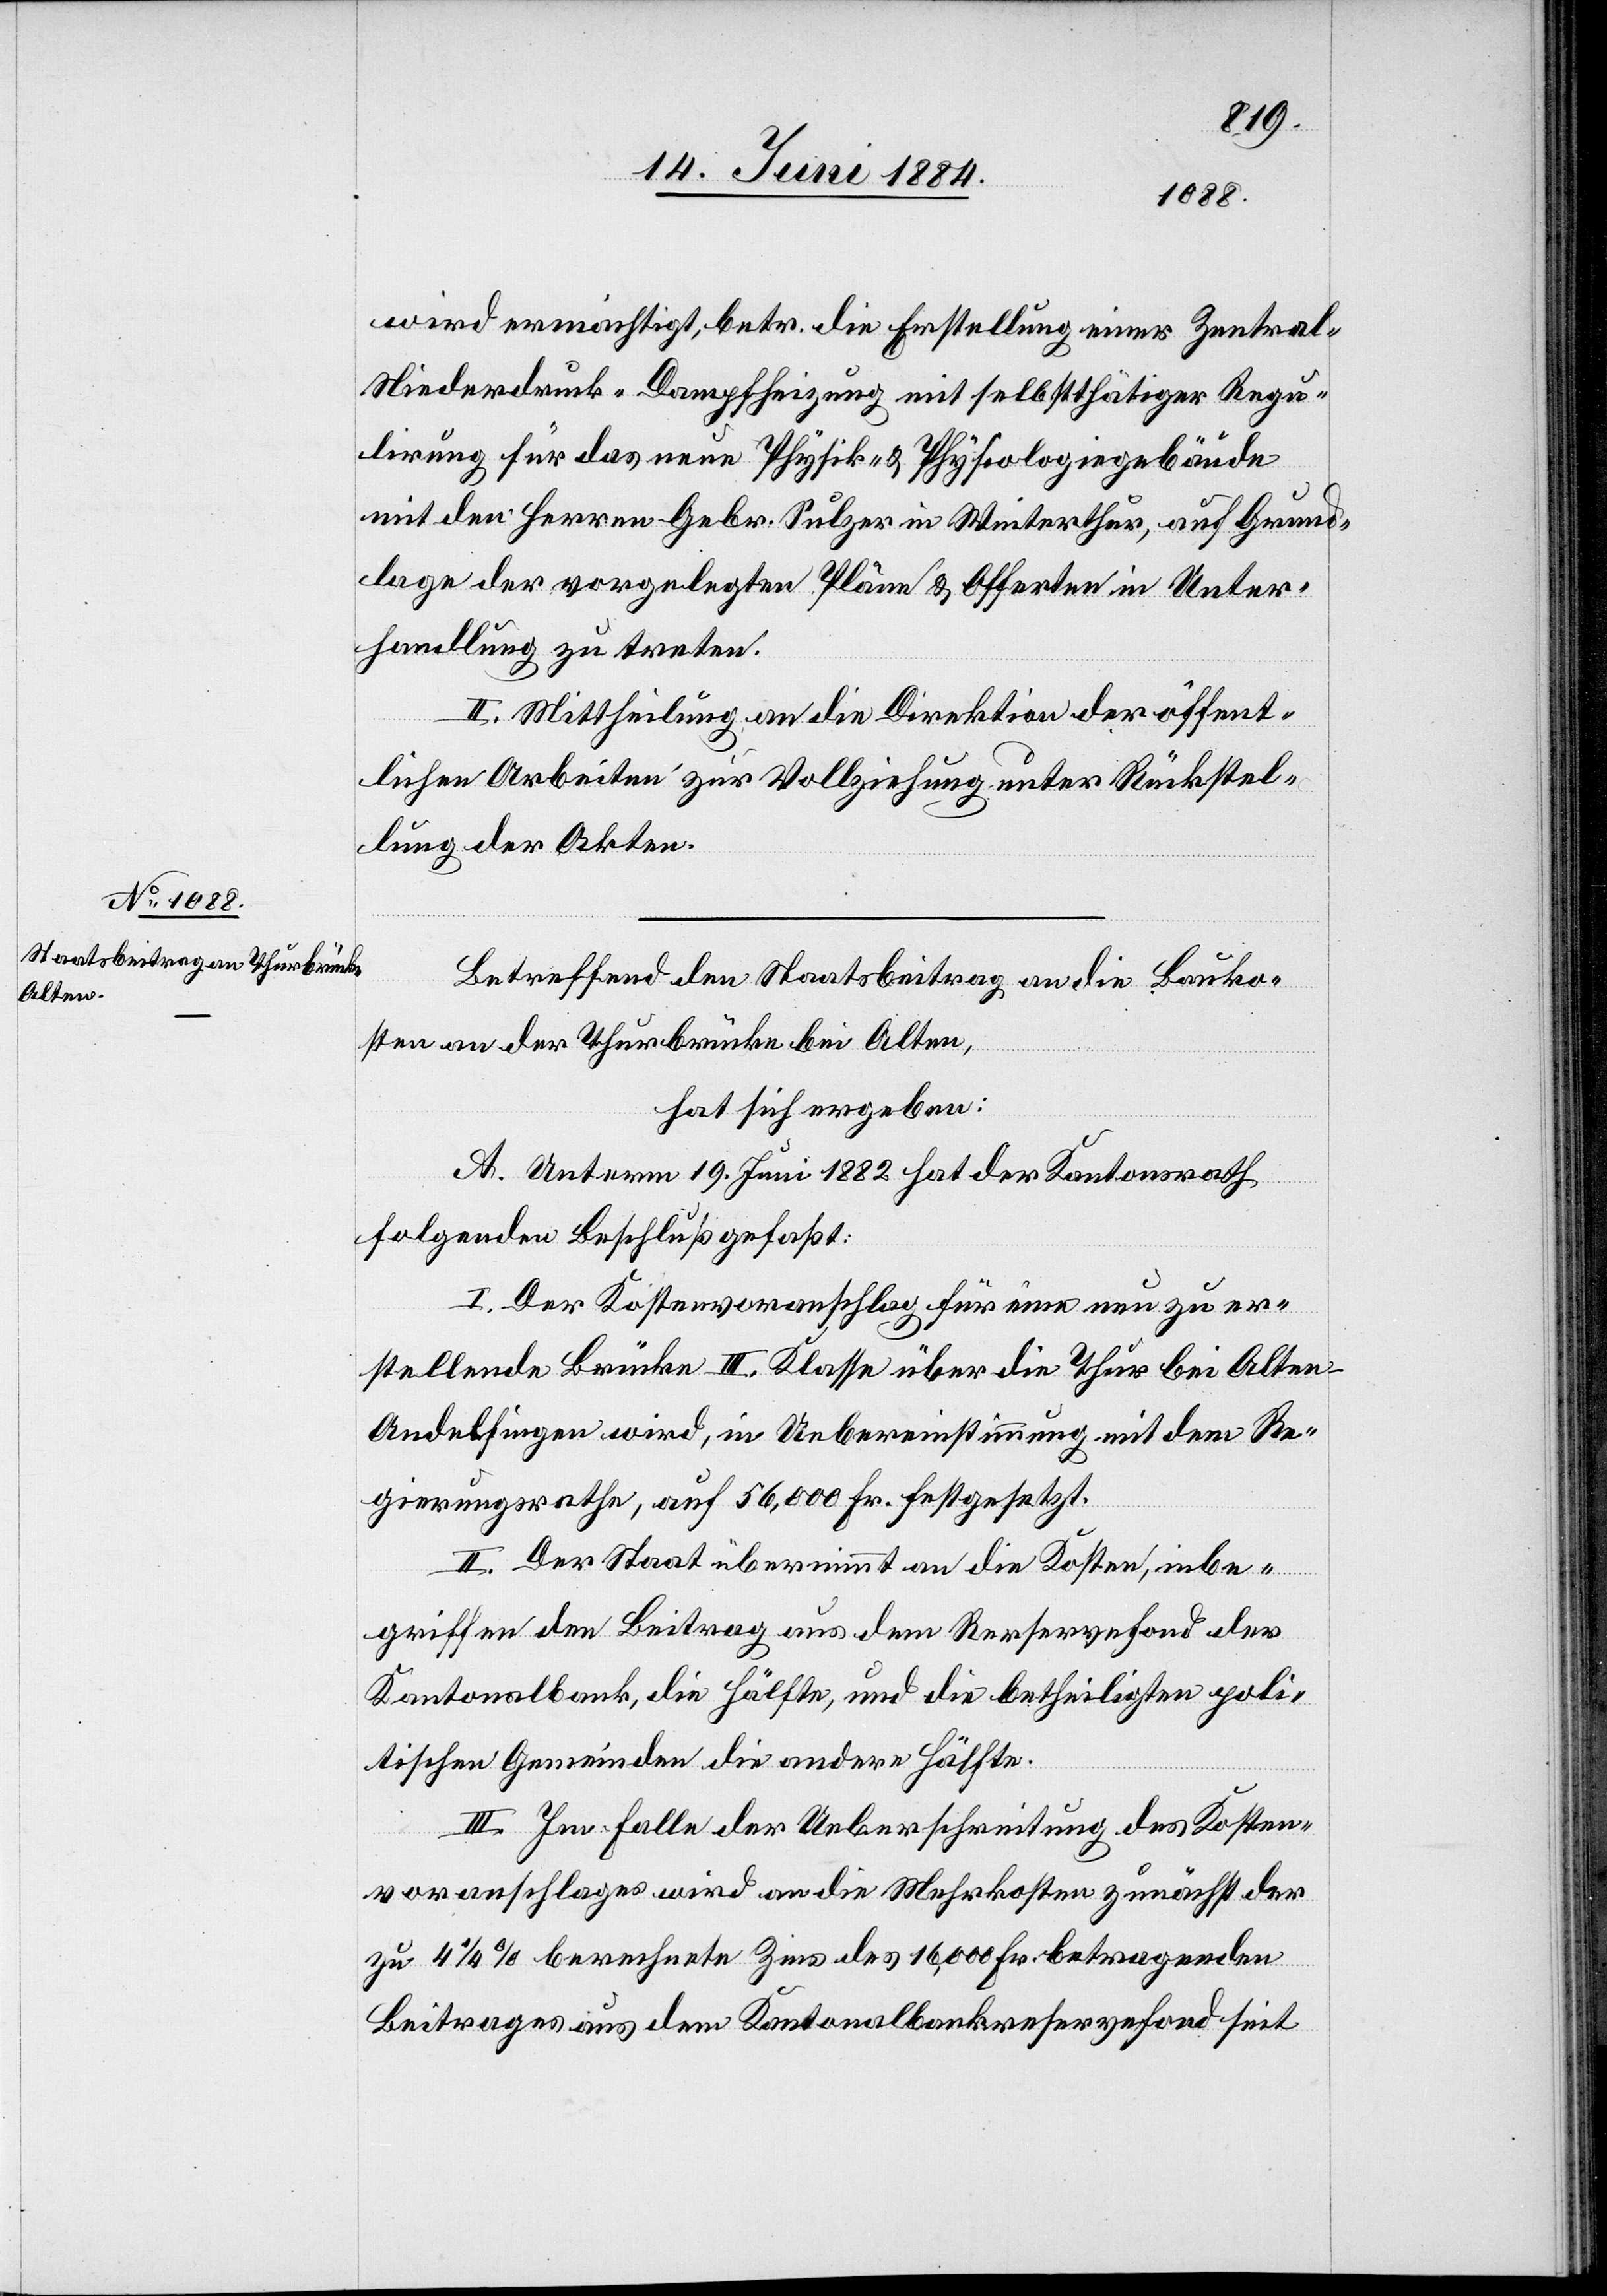
wird ermächtigt, betr. die Erstellung einer Zentral-N¬
iederdruck-Dampfheizung mit selbstthätiger Regu¬
lirung für das neue Physik- & Physiologiegebäude
mit den Herren Gebr. Sulzer in Winterthur, auf Grund¬
lage der vorgelegten Pläne & Offerten in Unter¬
handlung zu treten.
II. Mittheilung an die Direktion der öffent¬
lichen Arbeiten zur Vollziehung unter Rückstel¬
lung der Akten.
Betreffend den Staatsbeitrag an die Bauko¬
sten an der Thurbrücke bei Alten,
hat sich ergeben:
A. Unterm 19. Juni 1882 hat der Kantonsrath
folgenden Beschluß gefaßt:
I. Der Kostenvoranschlag für eine neu zu er¬
stellende Brücke III. Klasse über die Thur bei Alten -
Andelfingen wird, in Uebereinstimmung mit dem Re¬
gierungsrathe, auf 56,000 Fr. festgesetzt.
II. Der Staat übernimmt an die Kosten, inbe¬
griffen den Beitrag aus dem Reservefond der
Kantonalbank, die Hälfte, und die betheiligten poli¬
tischen Gemeinden die andere Hälfte.
III. Im Falle der Ueberschreitung des Kosten¬
voranschlages wird an die Mehrkosten zunächst der
zu 4 1/4% berechnete Zins des 16,000 Fr. betragenden
Beitrages aus dem Kantonalbankreservefond seit